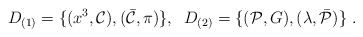
\begin{align*}D_{(1)}=\{(x^3,{\cal C}),(\bar{\cal C},\pi)\},\;\; D_{(2)}=\{({\cal P},G),(\lambda,\bar{\cal P})\}\;.\end{align*}